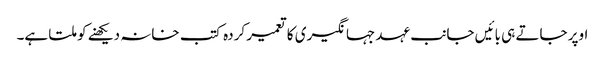
اوپر جاتے ہی بائیں جانب عہد جہانگیری کا تعمیر کردہ کتب خانہ دیکھنے کو ملتا ہے۔